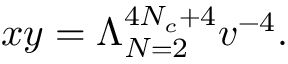
x y = \Lambda _ { N = 2 } ^ { 4 N _ { c } + 4 } v ^ { - 4 } .